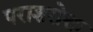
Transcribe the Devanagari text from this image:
पराशरोक्त